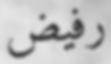
رفيض